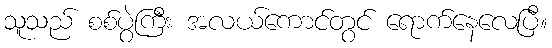
သူသည် စစ်ပွဲကြီး အလယ်ကောင်တွင် ရောက်နေလေပြီ။